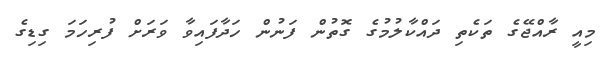
މިއީ ރާއްޖޭގެ ތަކެތި ދައްކާލުމުގެ ގޮތުން ފަނުން ހަދާފައިވާ ވަރަށް ފުރިހަމަ ގިޑިގެ